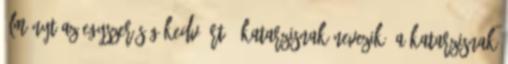
élményt az egyszerűség kedvéért ? katarzisnak nevezik. A katarzisnak